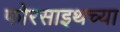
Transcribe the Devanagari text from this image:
फोरसाइथच्या